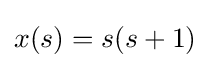
x(s)=s(s+1)